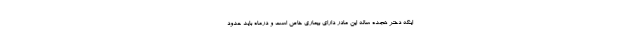
اینکه دختر هجده ساله این مادر دارای بیماری خاص است و درماه باید حدود